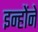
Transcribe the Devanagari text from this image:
इन्होेंने